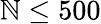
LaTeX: \mathbb{N}\leq500